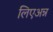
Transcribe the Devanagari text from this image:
लिएअन्न